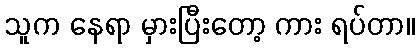
သူက နေရာ မှားပြီးတော့ ကား ရပ်တာ။